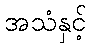
အသံနှင့်